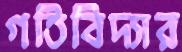
গতিবিদ্যার